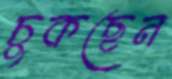
চুকছেন